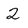
Character: 2